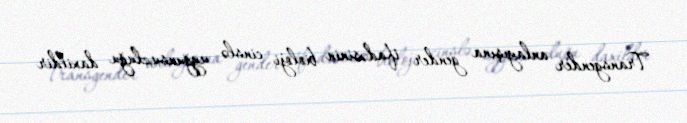
Transgender anlayışına gender ifadəsinin bioloji cinslə uyğunsuzluğu daxildir